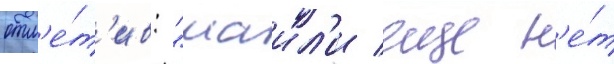
отм'е́т'ив: "маил'и еще н'е́т